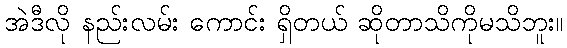
အဲဒီလို နည်းလမ်း ကောင်း ရှိတယ် ဆိုတာသိကိုမသိဘူး။